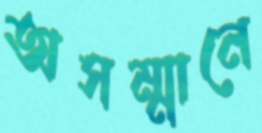
অসম্মানে